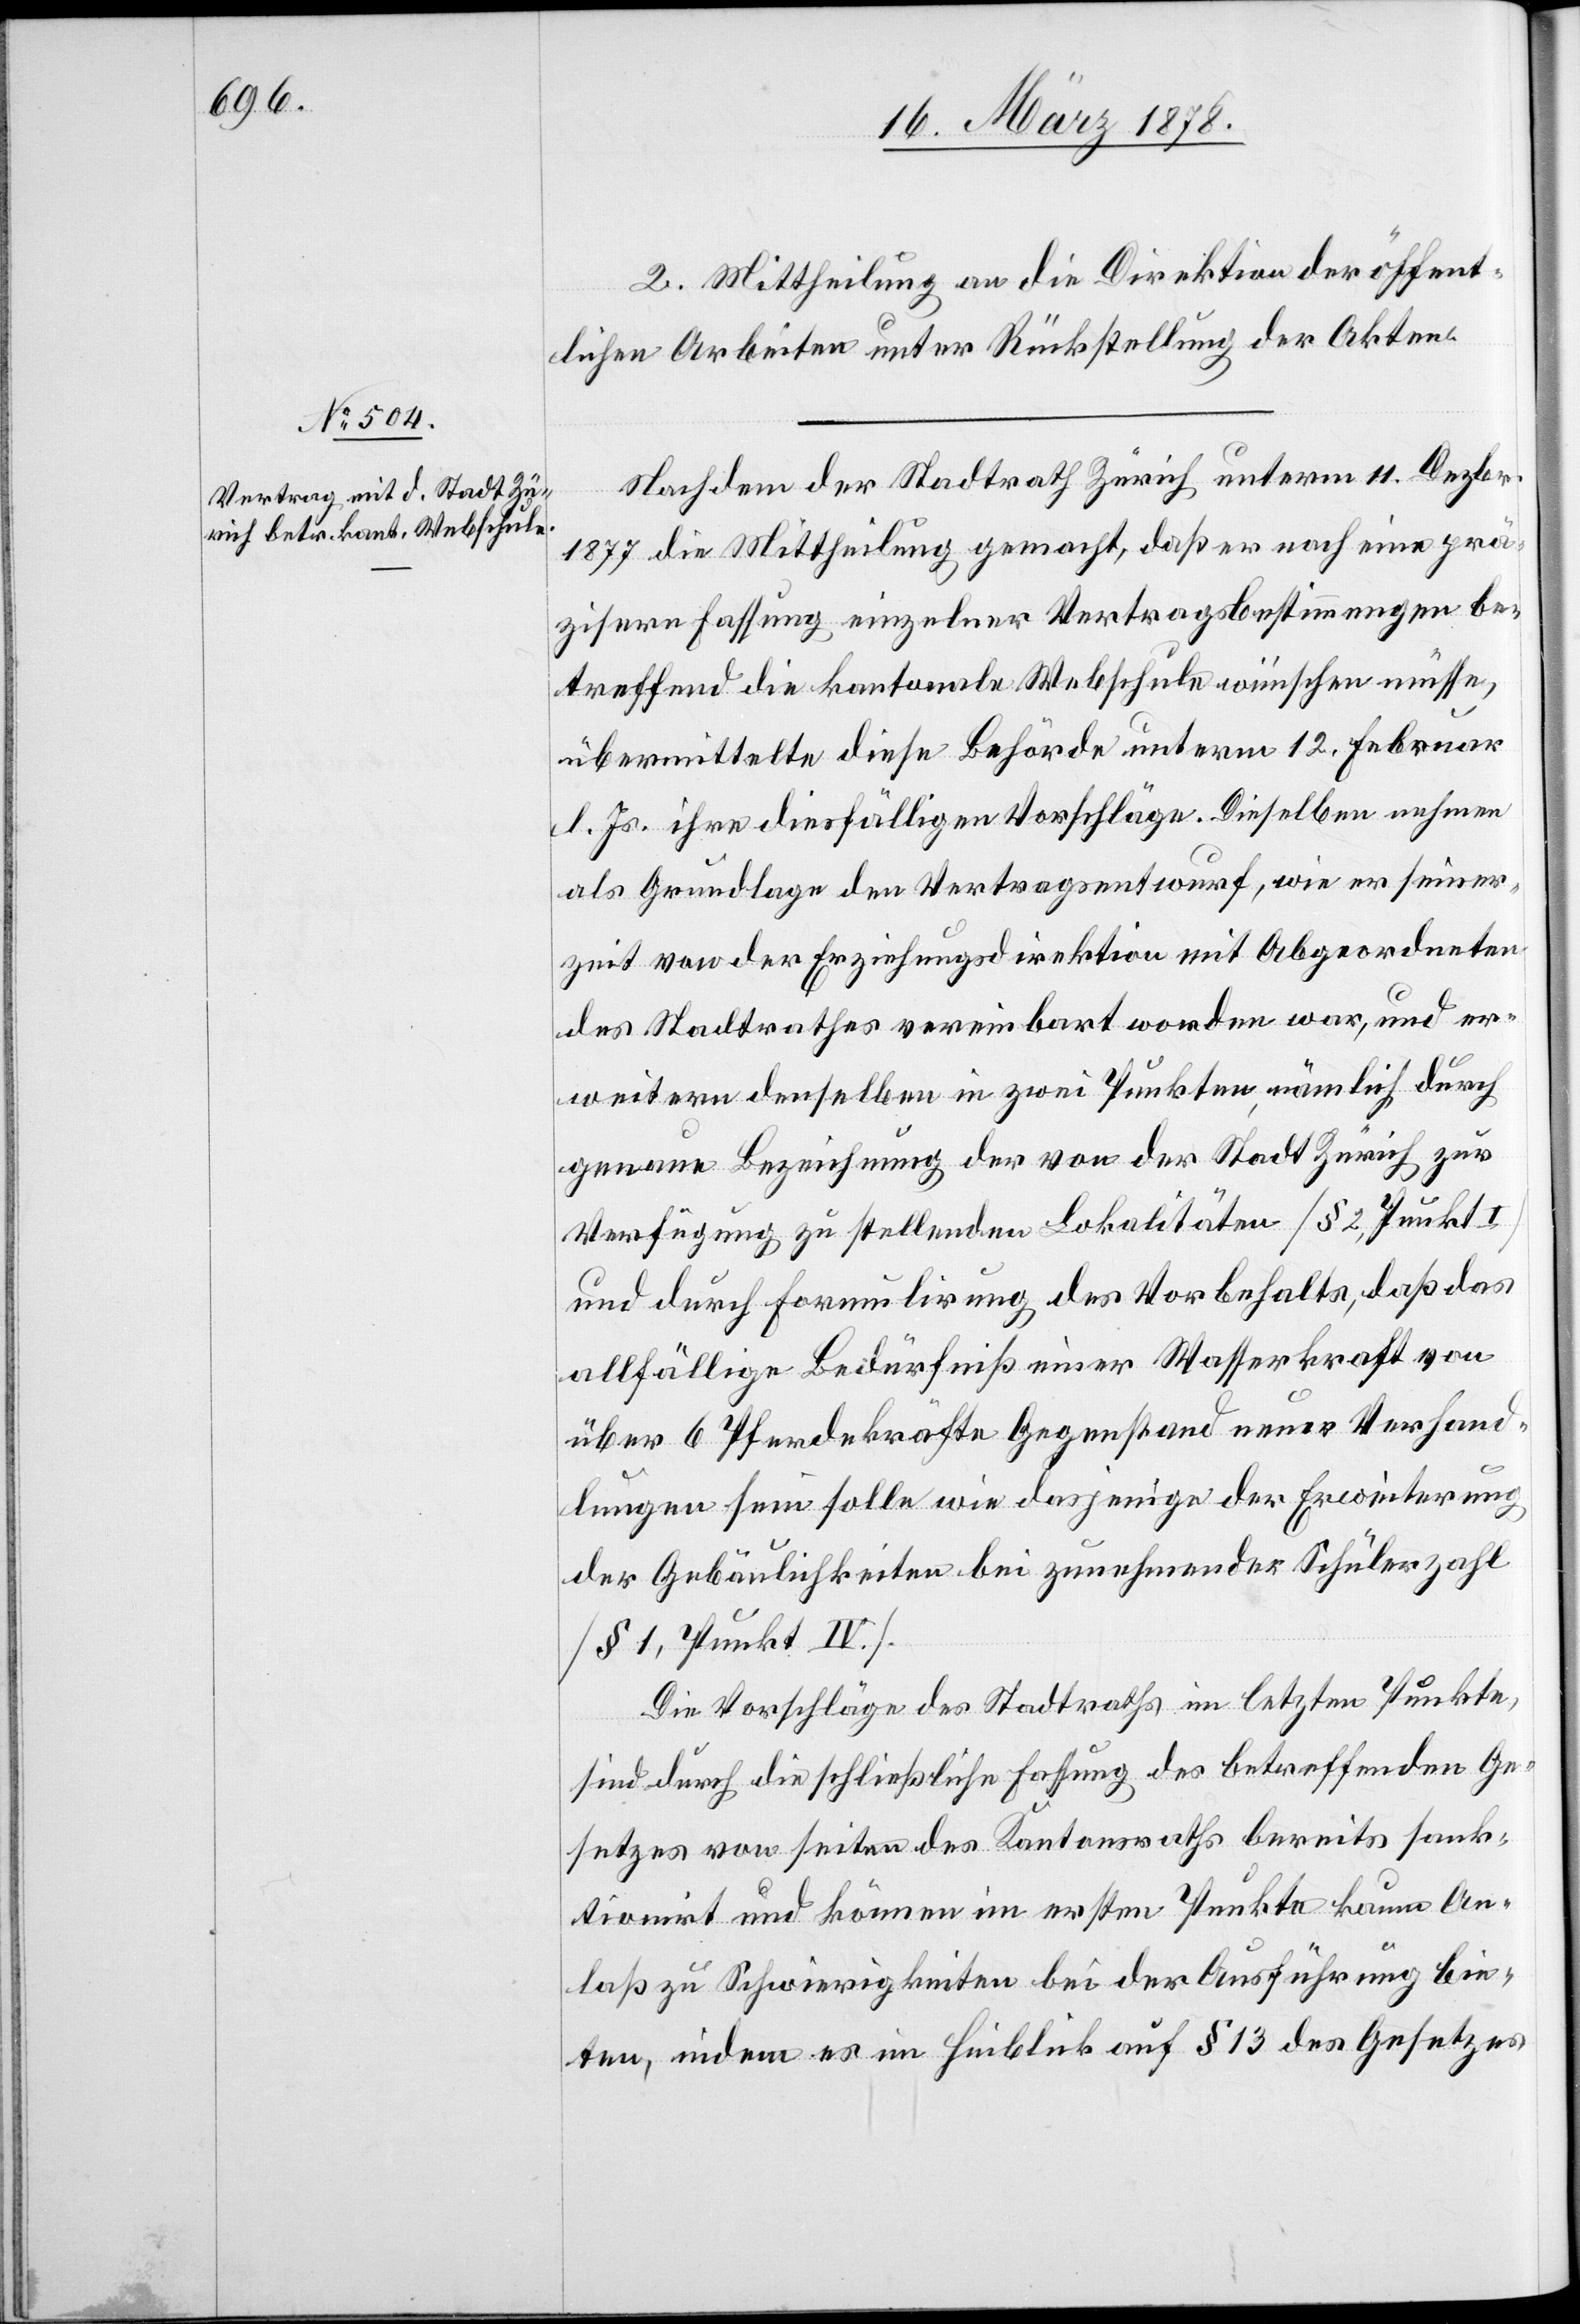
2. Mittheilung an die Direktion der öffent¬
lichen Arbeiten unter Rückstellung der Akten.
Nachdem der Stadtrath Zürich unterm 11. Dezbr.
1877 die Mittheilung gemacht, daß er noch eine prä¬
zisere Fassung einzelner Vertragsbestimmungen be¬
treffend die nationale Webschule wünschen müsse,
übermittelte diese Behörde unterm 12. Februar
l. Js. ihre diesfälligen Vorschläge. Dieselben nehmen
als Grundlage den Vertragsentwurf, wie er seiner¬
zeit von der Erziehungsdirektion mit Abgeordneten
des Stadtrathes vereinbart worden war, und er¬
weitere denselben in zwei Punkten, nämlich durch
genaue Bezeichnung der von der Stadt Zürich zur
Verfügung zu stellenden Lokalitäten (§ 2 Punkt I)
und durch Formulirung des Vorbehalts, daß das
allfällige Bedürfniß einer Wasserkraft von
über 6 Pferdekräften Gegenstand neuer Verhand¬
lungen sein solle wie dasjenige der Erweiterung
der Gebäulichkeiten bei zunehmender Schülerzahl
(§ 1, Punkt IV.).
Die Vorschläge des Stadtraths im letzten Punkte,
sind durch die schließliche Fassung des betreffenden Ge¬
setzes von Seiten des Kantonsraths bereits sank¬
tionirt und können im ersten Punkte kaum An¬
laß zu Schwierigkeiten bei der Ausführung bie¬
ten, indem es im Hinblick auf § 13 des Gesetzes